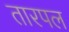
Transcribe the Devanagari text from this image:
तारपल